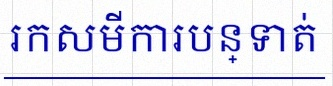
រកសមីការបន្ទាត់